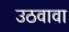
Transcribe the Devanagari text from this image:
उठवावा